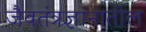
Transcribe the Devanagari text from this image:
जैवतंत्रज्ञानातील